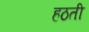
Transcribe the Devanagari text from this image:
हठती